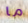
ما